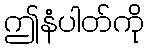
ဤနံပါတ်ကို